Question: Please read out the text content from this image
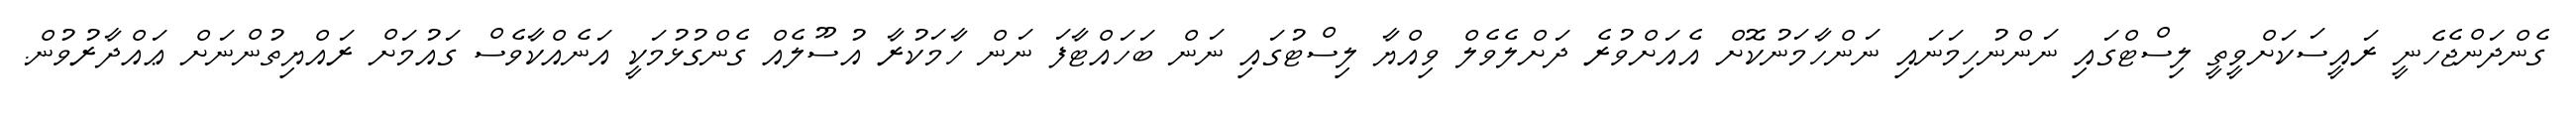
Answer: ގެންދަންޖެހެނީ ރައީސަކަށްވީތީ ލިސްޓްގައި ނަންނުހިމަނައި ނަންހާމަނުކޮށް އެއަށްވުރެ ދަށްލެވެލް ވިއްޔާ ލިސްޓުގައި ނަން ބަހައްޓާފަ ނަން ހާމަކުރާ އުސޫލެއް ގެންގުޅުމަކީ އަނެއްކާވެސް ގައުމަށް ރައްޔިތުންނަށް ޢައްދާރުވުން.